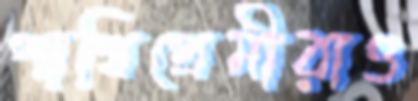
পাখিপ্রেমীরাও